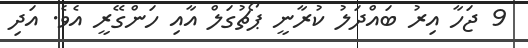
9 ޖަހާ އިރު ބައްދަލު ކުރާނީ ޕޯޗުގަލް އާއި ހަންގޭރީ އެވެ. އަދި